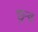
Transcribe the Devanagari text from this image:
छुन्छ